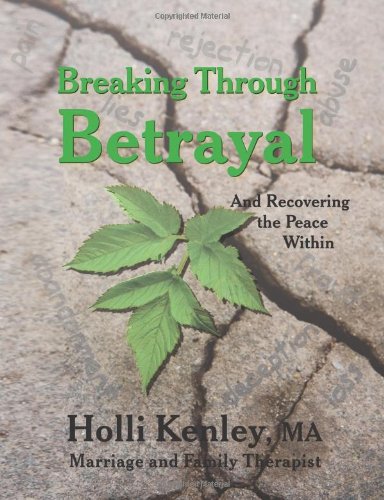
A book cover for Breaking Through Betrayal: and Recovering the Peace Within (New Horizons in Therapy); Holli Kenley; Health, Fitness & Dieting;